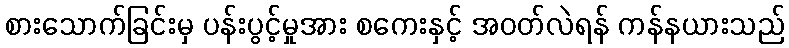
စားသောက်ခြင်းမှ ပန်းပွင့်မှုအား စကေးနှင့် အဝတ်လဲရန် ကန်နယားသည်